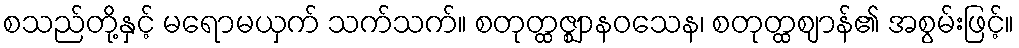
စသည်တို့နှင့် မရောမယှက် သက်သက်။ စတုတ္ထဇ္ဈာနဝသေန၊ စတုတ္ထဈာန်၏ အစွမ်းဖြင့်။